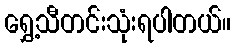
ရွှေ့သီတင်းသုံးရပါတယ်။